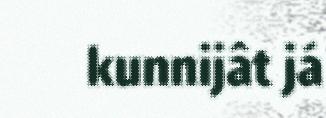
kunnijât já